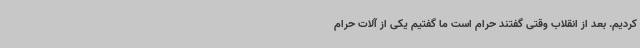
کردیم. بعد از انقلاب وقتی گفتند حرام است ما گفتیم یکی از آلات حرام